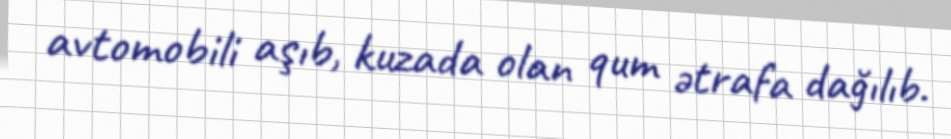
avtomobili aşıb, kuzada olan qum ətrafa dağılıb.